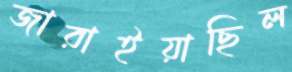
জারাইয়াছিল